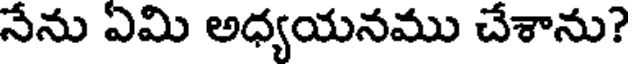
నేను ఏమి అధ్యయనము చేశాను?